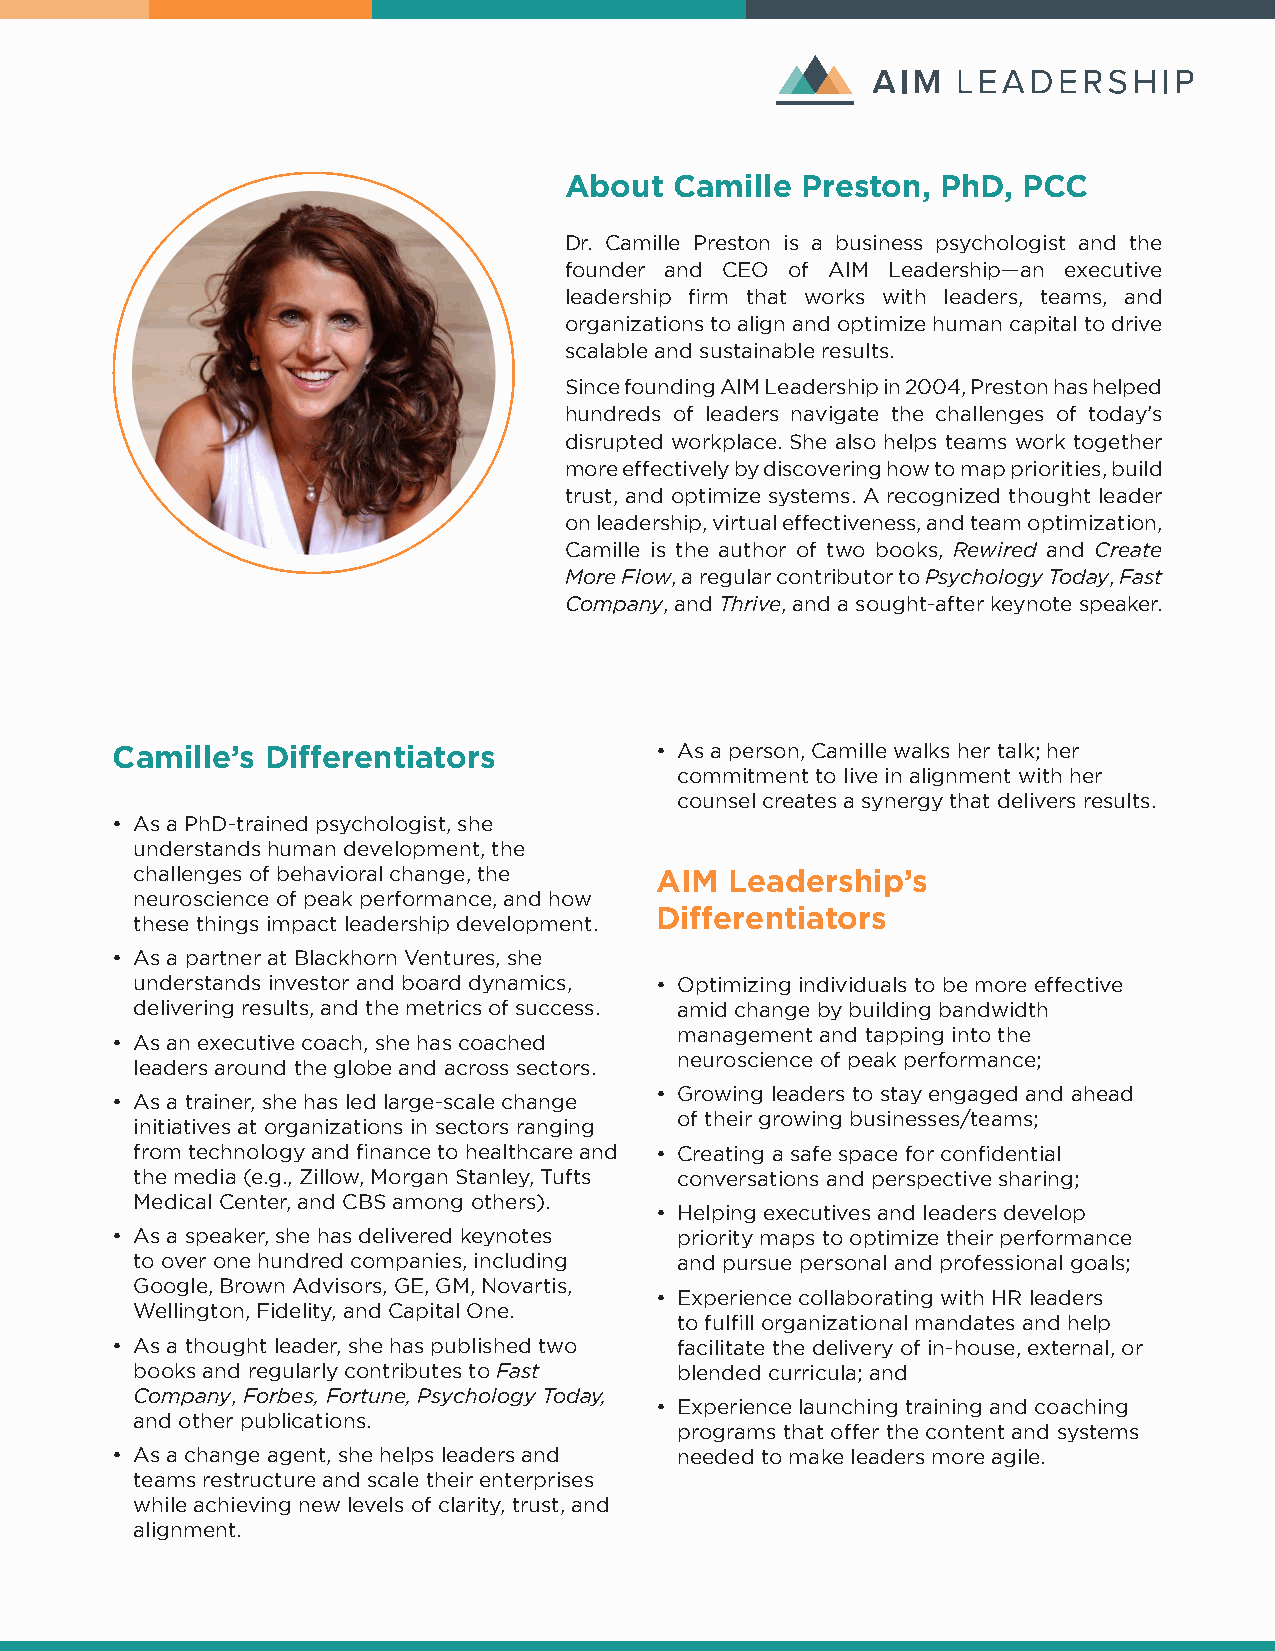
About   Camille Preston, PhD,  PCC
 Dr. Camille Preston is a business psychologist and the
 founder and CEO of AIM Leadership—an executive
 leadership firm that works with leaders, teams, and
 organizations to align and optimize human capital to drive
 scalable and sustainable results.
 Since founding AIM Leadership in 2004, Preston has helped
 hundreds of leaders navigate the challenges of today’s
 disrupted workplace. She also helps teams work together
 more effectively by discovering how to map priorities, build
 trust, and optimize systems. A recognized thought leader
 on leadership, virtual effectiveness, and team optimization,
 Camille is the author of two books, Rewired and Create
 More Flow, a regular contributor to Psychology Today, Fast
 Company, and Thrive, and a sought-after keynote speaker.
 Camille’s  Differentiators          • As a person, Camille walks her talk; her
 commitment to live in alignment with her
 counsel creates a synergy that delivers results.
 • As a PhD-trained psychologist, she
 understands human development, the
 challenges of behavioral change, the
 AIM  Leadership’s
 neuroscience of peak performance, and how
 these things impact leadership development. Differentiators
 • As a partner at Blackhorn Ventures, she
 understands investor and board dynamics, • Optimizing individuals to be more effective
 delivering results, and the metrics of success. amid change by building bandwidth
 management and tapping into the
 • As an executive coach, she has coached
 neuroscience of peak performance;
 leaders around the globe and across sectors.
 • Growing leaders to stay engaged and ahead
 • As a trainer, she has led large-scale change
 of their growing businesses/teams;
 initiatives at organizations in sectors ranging
 from technology and finance to healthcare and • Creating a safe space for confidential
 the media (e.g., Zillow, Morgan Stanley, Tufts conversations and perspective sharing;
 Medical Center, and CBS among others).
 • Helping executives and leaders develop
 • As a speaker, she has delivered keynotes priority maps to optimize their performance
 to over one hundred companies, including and pursue personal and professional goals;
 Google, Brown Advisors, GE, GM, Novartis,
 • Experience collaborating with HR leaders
 Wellington, Fidelity, and Capital One.
 to fulfill organizational mandates and help
 • As a thought leader, she has published two facilitate the delivery of in-house, external, or
 books and regularly contributes to Fast blended curricula; and
 Company, Forbes, Fortune, Psychology Today,
 • Experience launching training and coaching
 and other publications.
 programs that offer the content and systems
 • As a change agent, she helps leaders and needed to make leaders more agile.
 teams restructure and scale their enterprises
 while achieving new levels of clarity, trust, and
 alignment.